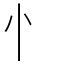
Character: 忄